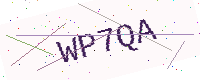
Text: WP7QA